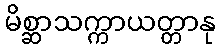
မိစ္ဆာသက္ကာယတ္တာနု